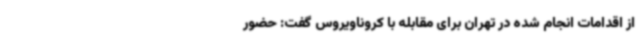
از اقدامات انجام شده در تهران برای مقابله با کروناویروس گفت: حضور